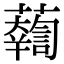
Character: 𧃓